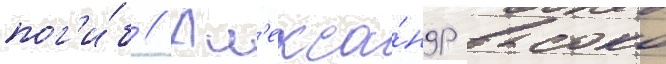
пог'и́б // Ал'екса́ндр высоко